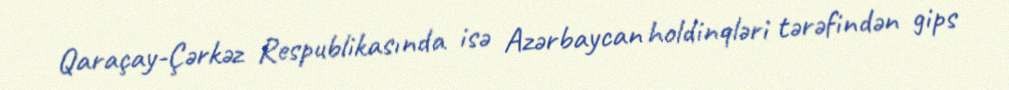
Qaraçay-Çərkəz Respublikasında isə Azərbaycan holdinqləri tərəfindən gips